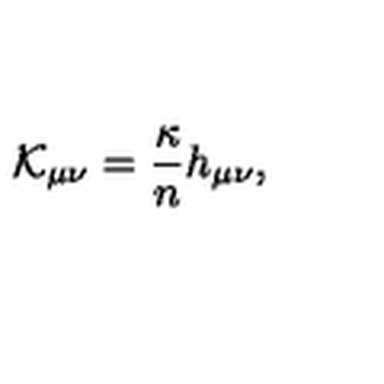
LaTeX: { \cal K } _ { \mu \nu } = { \frac { \kappa } { n } } h _ { \mu \nu } ,